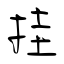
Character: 挂